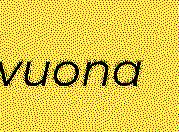
vuona